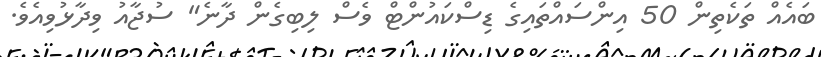
ބައެއް ތަކެތިން 50 އިންސައްތައިގެ ޑިސްކައުންޓް ވެސް ލިބިގެން ދާނެ" ސުޖާއު ވިދާޅުވިއެވެ.